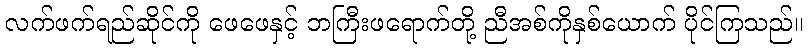
လက်ဖက်ရည်ဆိုင်ကို ဖေဖေနှင့် ဘကြီးဖရောက်တို့ ညီအစ်ကိုနှစ်ယောက် ပိုင်ကြသည်။